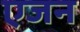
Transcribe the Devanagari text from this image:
एजन